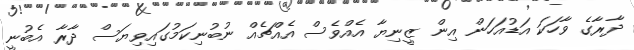
ދާރާގެ ވާހަކަ އަޑުއަހަން އިން ޒީނިޔާ އެއްވެސް އެއްޗެއް ނުބުނިކަމުގައިވިޔަސް ދާރާ އެބުނީ